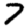
Digit: 7